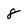
Character: 8